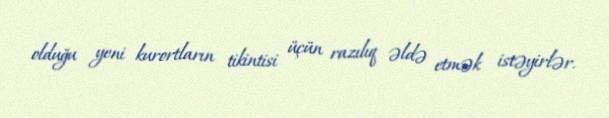
olduğu yeni kurortların tikintisi üçün razılıq əldə etmək istəyirlər.